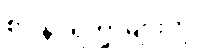
စားနပ်ရိက္ခာများကို